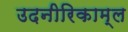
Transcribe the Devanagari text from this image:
उदनीरिकाम्ल